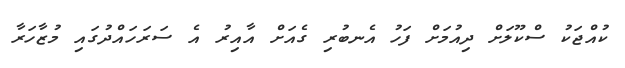
ކުއްޖަކު ސްކޫލަށް ދިއުމަށް ފަހު އެނބުރި ގެއަށް އާއިރު އެ ސަރަހައްދުގައި މުޒާހަރާ